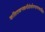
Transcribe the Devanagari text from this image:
कलितकनकमौलेर्वामभागस्थसीता